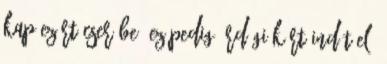
kap ezért cserébe. Ez pedig ördögi kört indít el,